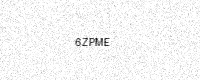
Text: 6ZPME